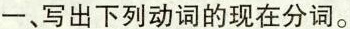
一、写出下列动词的现在分词。